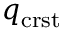
q _ { \mathrm { c r s t } }